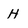
Character: H